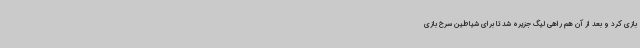
بازی کرد و بعد از آن هم راهی لیگ جزیره شد تا برای شیاطین سرخ بازی